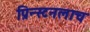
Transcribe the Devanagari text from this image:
प्रिन्स्टनलाच